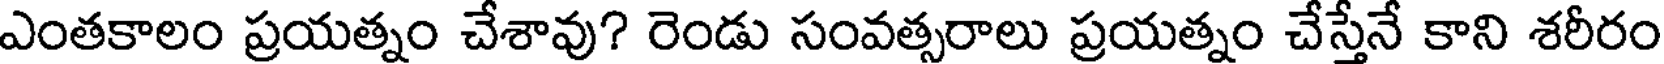
ఎంతకాలం ప్రయత్నం చేశావు? రెండు సంవత్సరాలు ప్రయత్నం చేస్తేనే కాని శరీరం